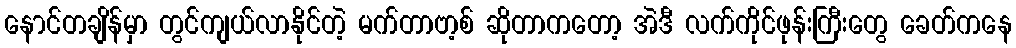
နောင်တချိန်မှာ တွင်ကျယ်လာနိုင်တဲ့ မက်တာဗာ့စ် ဆိုတာကတော့ အဲဒီ လက်ကိုင်ဖုန်းကြီးတွေ ခေတ်ကနေ